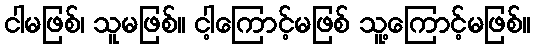
ငါမဖြစ်၊ သူမဖြစ်။ ငါ့ကြောင့်မဖြစ် သူ့ကြောင့်မဖြစ်။